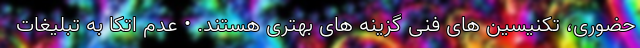
حضوری، تکنیسین های فنی گزینه های بهتری هستند. • عدم اتکا به تبلیغات